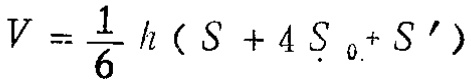
\[V = \frac{1}{6} h (S + 4 S_{0} + S')\]